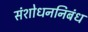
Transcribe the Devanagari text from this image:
संशोधननिबंध